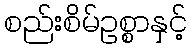
စည်းစိမ်ဥစ္စာနှင့်